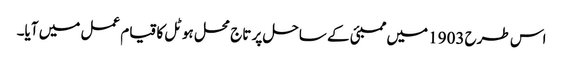
اس طرح 1903 میں ممبئی کے ساحل پر تاج محل ہوٹل کا قیام عمل میں آیا۔